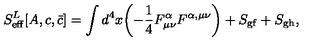
S _ { \mathrm { e f f } } ^ { L } [ A , c , { \bar { c } } ] = \int d ^ { 4 } x \biggl ( - { \frac { 1 } { 4 } } F _ { \mu \nu } ^ { \alpha } F ^ { \alpha , \mu \nu } \biggr ) + S _ { \mathrm { g f } } + S _ { \mathrm { g h } } ,